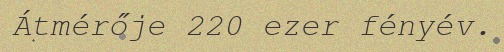
Átmérője 220 ezer fényév.